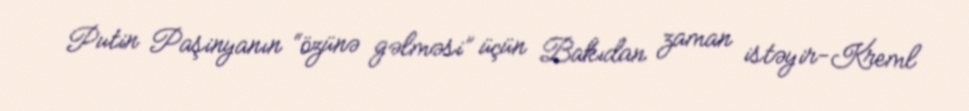
Putin Paşinyanın “özünə gəlməsi” üçün Bakıdan zaman istəyir-Kreml